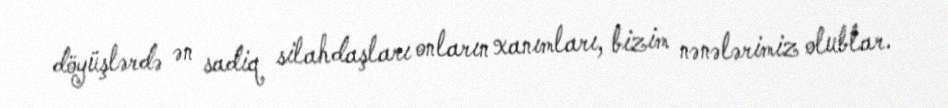
döyüşlərdə ən sadiq silahdaşları onların xanımları, bizim nənələrimiz olublar.